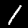
Digit: 1